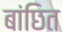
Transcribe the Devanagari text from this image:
बांछित